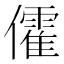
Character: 𠐶